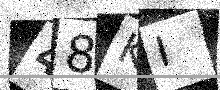
Text: 48KI